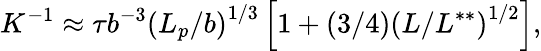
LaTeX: K^{-1}\approx\tau b^{-3}\left({L_{p}}/b\right)^{1/3}\left[1+(3/4)\left(L/{L^{**}}\right)^{1/2}\right],